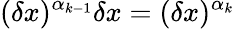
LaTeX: (\delta x)^{\alpha_{k-1}}\delta x=(\delta x)^{\alpha_{k}}